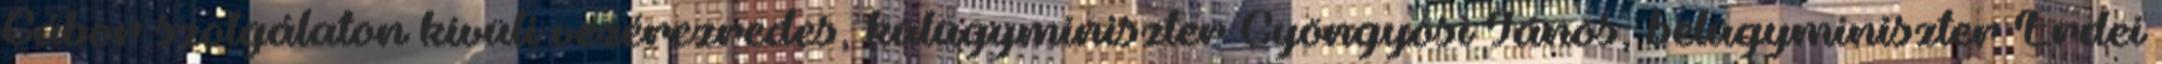
Gábor szolgálaton kívüli vezérezredes, külügyminiszter Gyöngyösi János, belügyminiszter Erdei